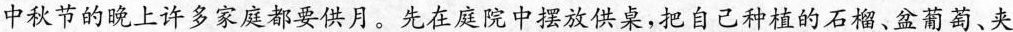
中秋节的晚上许多家庭都要供月。先在庭院中摆放供桌，把自己种植的石榴、盆葡萄、夹